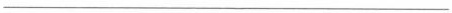
___